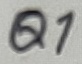
Text: Q1